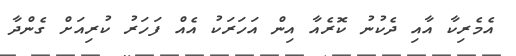
އެމެރިކާ އާއި ދެކުނު ކޮރެއާ އިން އަހަރަކު އެއް ފަހަރު ކުރިއަށް ގެންދާ